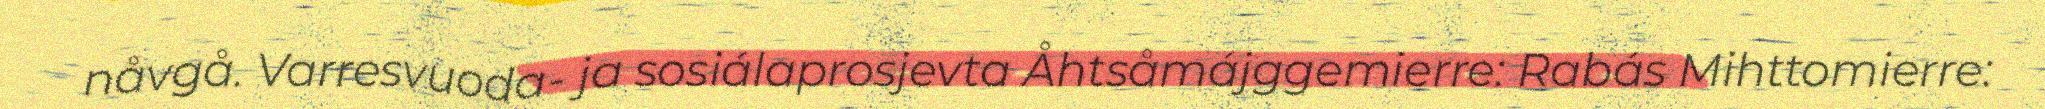
nåvgå. Varresvuoda- ja sosiálaprosjevta Åhtsåmájggemierre: Rabás Mihttomierre: